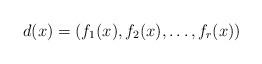
LaTeX: \begin{align*}d(x)=(f_1(x),f_2(x),\ldots,f_r(x))\end{align*}